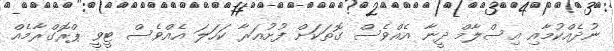
ނުދެއްކުމާއި އިސްލާމް ދީނާ އެއްވެސް ގޮތަކަށް ފުށުއަރާ ކަހަލަ އެއްވެސް ޓީވީ ޕްރޮގްރާމެއް